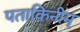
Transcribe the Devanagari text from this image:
पताकिनीम्